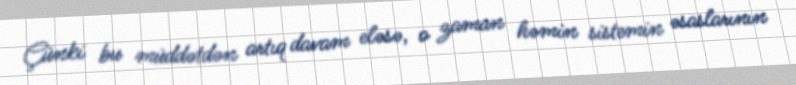
Çünki bu müddətdən artıq davam eləsə, o zaman həmin sistemin əsaslarının